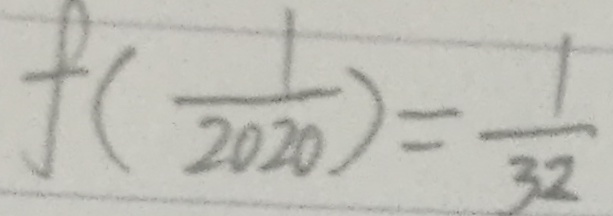
f ( \frac { 1 } { 2 0 2 0 } ) = \frac { 1 } { 3 2 }